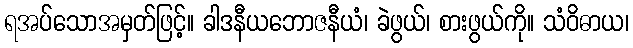
ရအပ်သောအမှတ်ဖြင့်။ ခါဒနီယဘောဇနီယံ၊ ခဲဖွယ်၊ စားဖွယ်ကို။ သံဝိဓာယ၊